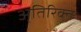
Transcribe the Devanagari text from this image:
अ्तिरिक्त